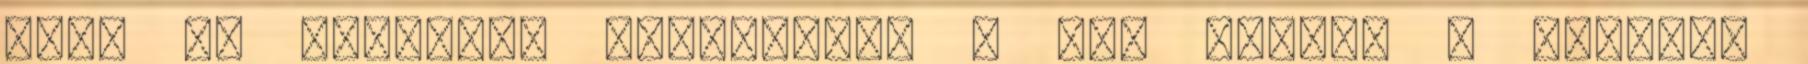
csak ez létezik, megmutatja a f-f skálán a pixelek